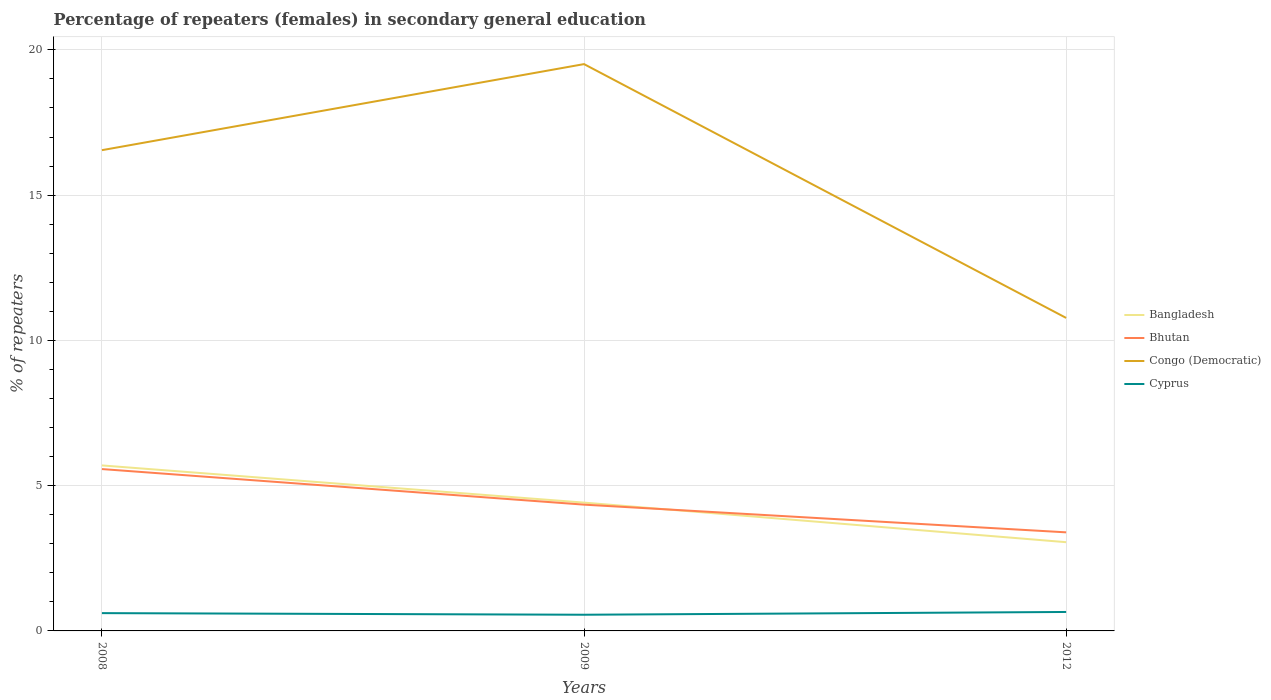
| Years | Bangladesh | Bhutan | Congo (Democratic) | Cyprus |
 | --- | --- | --- | --- | --- |
 | 2008 | 5.7 | 5.57 | 16.5 | 0.613 |
 | 2009 | 4.42 | 4.35 | 19.5 | 0.557 |
 | 2012 | 3.05 | 3.39 | 10.8 | 0.652 |